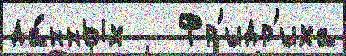
да́нных   Фр'идр'иха